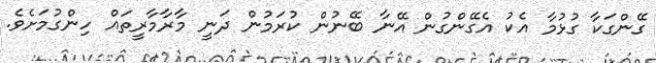
ގޭންގަކާ ގުޅުމާ އެކު އެގޭންގުން އޭނާ ބޭނުން ކުރަމުން ދަނީ މާރާމާރީތައް ހިންގުމަށެވެ.